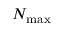
N _ { \mathrm { m a x } }